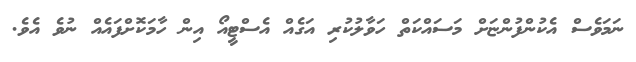
ނަމަވެސް އެކުންފުންޏަށް މަސައްކަތް ހަވާލުކުރި އަގެއް އެސްޓީއޯ އިން ހާމަކޮށްފައެއް ނުވެ އެވެ.